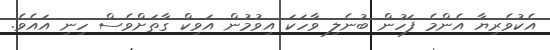
އެކުވެރިޔާ އެންމެ ފަހުން ބުނެލި ވާހަކަ އިވުމުން އަވިކް ގާތަށްވެސް ހިނި އައެވެ.